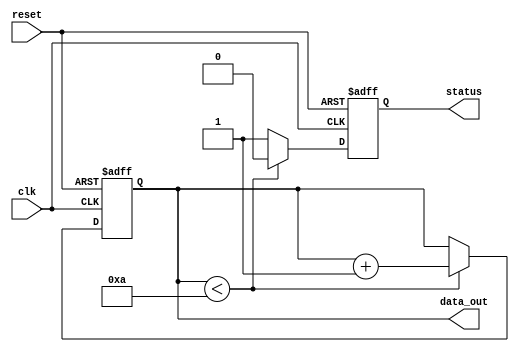
module parameter_focused_init #(
    parameter integer DATA_WIDTH = 8,       // Parameter for data width
    parameter integer INITIAL_VALUE = 0,     // Parameter for initial value
    parameter integer THRESHOLD = 10          // Parameter for threshold value
) (
    input wire clk,
    input wire reset,
    output reg [DATA_WIDTH-1:0] data_out,
    output reg status
);

    // Local parameters that should not be overridden
    localparam integer MAX_VALUE = 255;      // Maximum value for data
    localparam integer MIN_VALUE = 0;        // Minimum value for data

    // State variable
    reg [DATA_WIDTH-1:0] data_reg;

    // Initialization logic
    initial begin
        // Initialize the state variable based on parameters
        if (INITIAL_VALUE < MIN_VALUE || INITIAL_VALUE > MAX_VALUE) begin
            data_reg = MIN_VALUE; // Default to minimum if out of bounds
        end else begin
            data_reg = INITIAL_VALUE; // Set to the specified initial value
        end
        status = 0; // Default status
    end

    // Example of a modular initialization procedure
    task initialize_data;
        input integer init_value;
        begin
            if (init_value < MIN_VALUE || init_value > MAX_VALUE) begin
                data_reg = MIN_VALUE; // Default to minimum if out of bounds
            end else begin
                data_reg = init_value; // Set to the specified initial value
            end
        end
    endtask

    // Always block for state updates
    always @(posedge clk or posedge reset) begin
        if (reset) begin
            // Call the initialization task on reset
            initialize_data(INITIAL_VALUE);
            status <= 0; // Reset status
        end else begin
            // Example behavior: Increment data_reg and check against threshold
            if (data_reg < THRESHOLD) begin
                data_reg <= data_reg + 1; // Increment if below threshold
                status <= 0; // Status remains low
            end else begin
                status <= 1; // Set status high if threshold exceeded
            end
        end
    end

    // Assign output
    always @* begin
        data_out = data_reg; // Continuous assignment of output
    end

endmodule